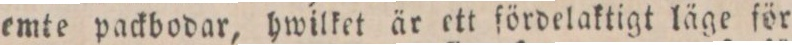
emte packbodar, hwilket är ett fördelaktigt läge för